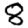
Digit: 8